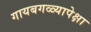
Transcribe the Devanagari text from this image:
गायबगळ्यापेक्षा